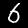
Label: 6